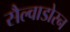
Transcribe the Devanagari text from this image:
सैल्वाडोरन